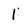
Character: 1